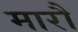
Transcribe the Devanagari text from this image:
मारौं